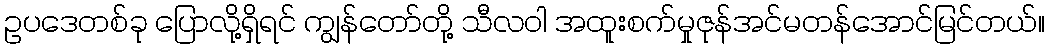
ဥပဒေတစ်ခု ပြောလို့ရှိရင် ကျွန်တော်တို့ သီလဝါ အထူးစက်မှုဇုန်အင်မတန်အောင်မြင်တယ်။